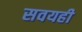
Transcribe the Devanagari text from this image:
सवयही